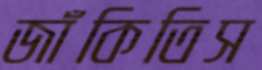
জাঁকিতিস